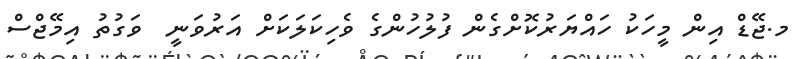
މ.ޖޭޑް އިން މީހަކު ހައްޔަރުކޮށްގެން ފުލުހުންގެ ވެހިކަލަކަށް އަރުވަނީ  ވަގުތު އިމޭޖްސް